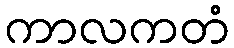
ကာလကတံ